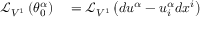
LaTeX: \begin{array} { r l } { { \mathcal { L } } _ { V ^ { 1 } } \left( \theta _ { 0 } ^ { \alpha } \right) } & { { } = { \mathcal { L } } _ { V ^ { 1 } } \left( d u ^ { \alpha } - u _ { i } ^ { \alpha } d x ^ { i } \right) } \end{array}